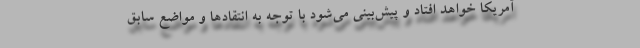
آمریکا خواهد افتاد و پیش‌بینی می‌شود با توجه به انتقادها و مواضع سابق